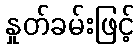
နှုတ်ခမ်းဖြင့်